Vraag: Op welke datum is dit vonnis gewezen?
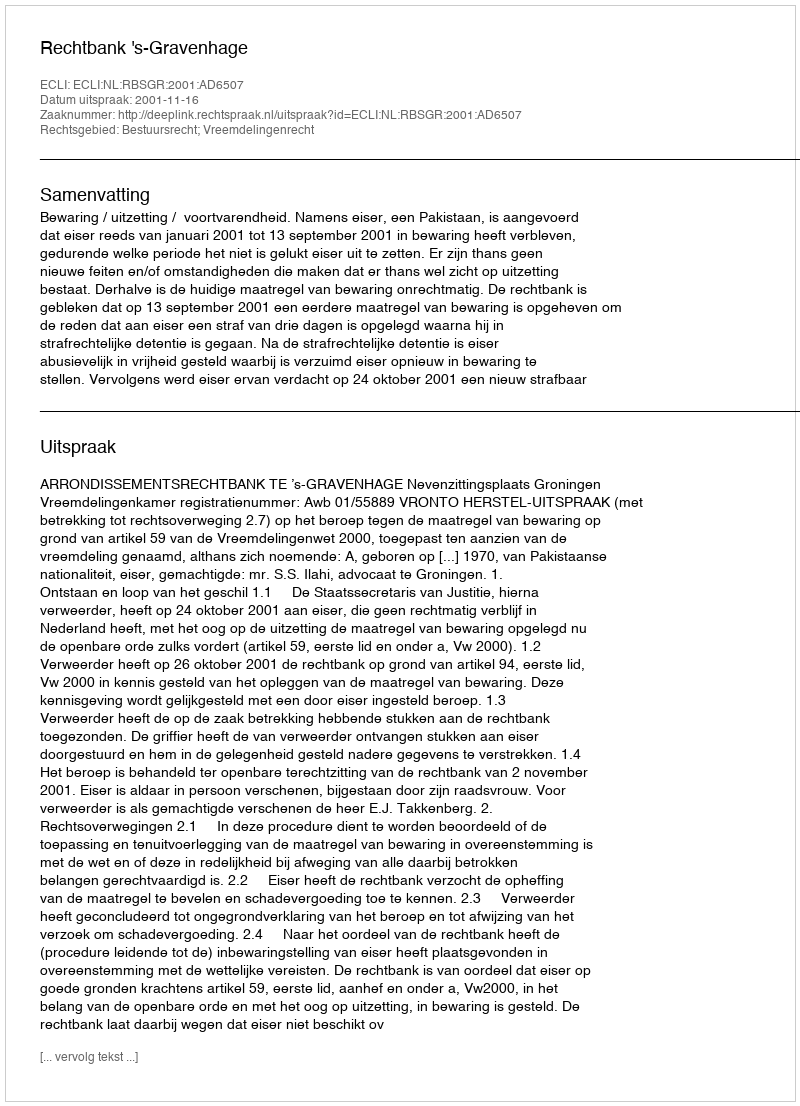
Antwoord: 2001-11-16